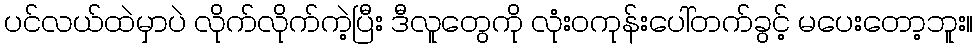
ပင်လယ်ထဲမှာပဲ လိုက်လိုက်ကဲ့ပြီး ဒီလူတွေကို လုံးဝကုန်းပေါ်တက်ခွင့် မပေးတော့ဘူး။